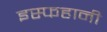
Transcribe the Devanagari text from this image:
इस्फहानी